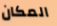
المكان